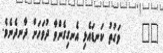
٣٨     ވަގުތު ކަނޑައެޅި އެނގިގެންވާ ދުވަހަށް ދާނދެނެވެ.